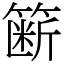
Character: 簖